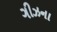
ગીઝના